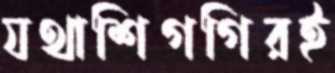
যথাশিগগিরই